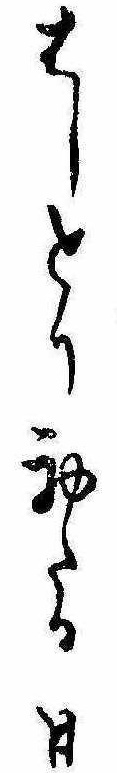
はしとり初たる日